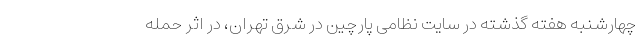
چهارشنبه هفته گذشته در سایت نظامی پارچین در شرق تهران، در اثر حمله